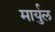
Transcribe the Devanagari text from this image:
मार्युल